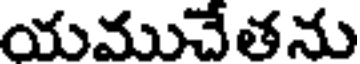
యముచేతను